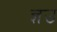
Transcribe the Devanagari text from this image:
ज्ञउ